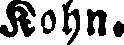
Kohn.